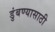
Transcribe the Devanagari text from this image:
डुंबण्यासाठी